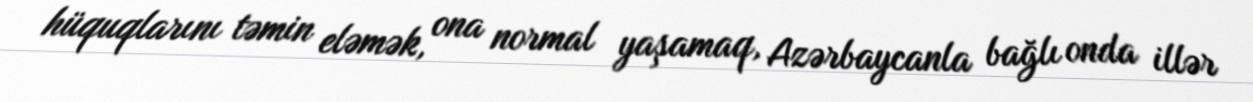
hüquqlarını təmin eləmək, ona normal yaşamaq, Azərbaycanla bağlı onda illər